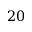
2 0